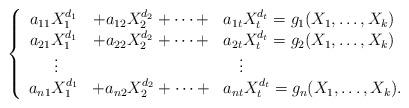
LaTeX: \begin{align*}\left \{\begin{array}{ccl}a_{11}X_1^{d_1} & + a_{12}X_2^{d_2} + \cdots + & a_{1t}X_t^{d_t} = g_1(X_1, \ldots,X_k) \\a_{21}X_1^{d_1} & + a_{22}X_2^{d_2} + \cdots + & a_{2t}X_t^{d_t} = g_2(X_1, \ldots,X_k) \\\;\vdots & &\quad\vdots \\a_{n1}X_1^{d_1} &+ a_{n2}X_2^{d_2} + \cdots +& a_{nt}X_t^{d_t} = g_n(X_1, \ldots,X_k).\end{array}\right.\end{align*}